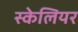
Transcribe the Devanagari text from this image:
स्केलियर